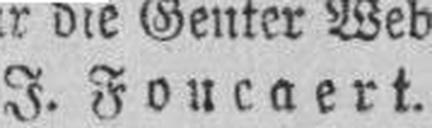
J. Foucaert.